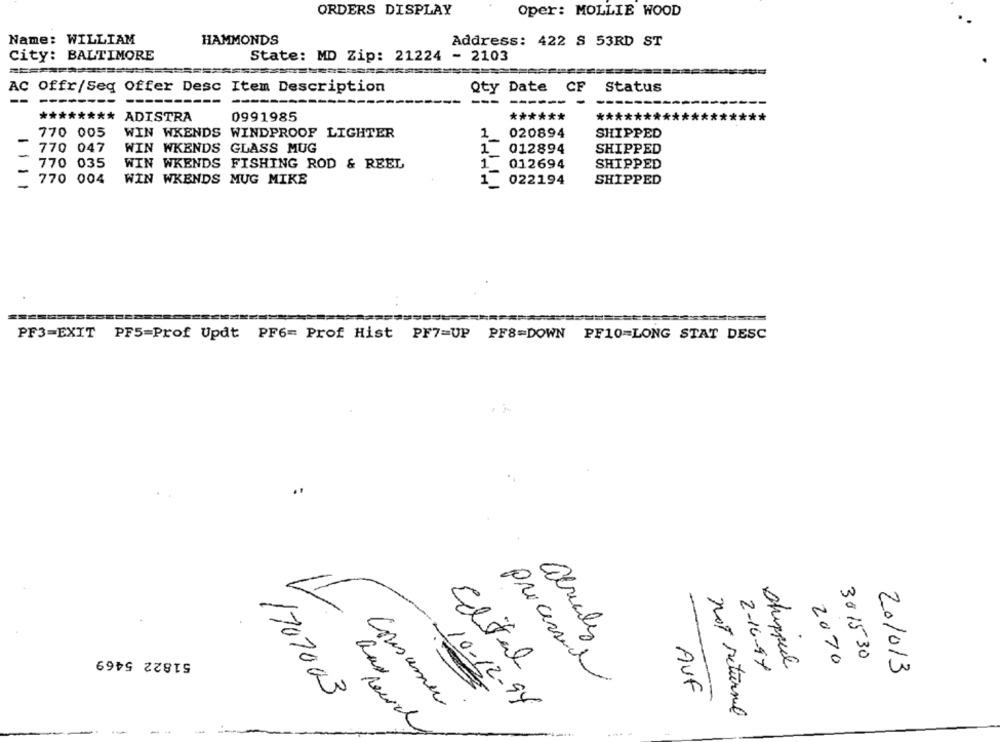
ORDERS DISPLAY
Oper: MOLLIE WOOD
Name: WILLIAM
HAMMONDS
Address: 422 S 53RD ST
City: BALTIMORE
State: MD Zip: 21224 - 2103
AC Offr/Seq Offer Desc Item Description
Qty Date CF
Status
--
------
******** ADISTRA
0991985
******
*********
770 005
WIN WKENDS WINDPROOF LIGHTER
020894
SHIPPED
-
1
770 047
WIN WKENDS GLASS MUG
1
012894
SHIPPED
770 035
WIN WKENDS FISHING ROD & REEL
1
012694
SHIPPED
770 004
WIN WKENDS MUG MIKE
1
022194
SHIPPED
PF3=EXIT PF5=Prof Updt PF6= Prof Hist PF7=UP PF8=DOWN PF10=LONG STAT DESC
abriales
51822 5469
30 1530
Edital
Suppul
2070
2-16-97
201013
processed
AUF
1707003
Consumer
10-12-94
not returnil
Rearcl